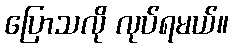
ပြောသလို လုပ်ရမယ်။